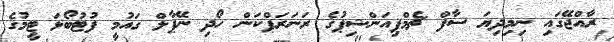
ރާއްޖޭގައި ނިމިދިޔަ ސާފް ޗެމްޕިއަންޝިޕުގެ ރަނަރަޕްކަން ހޯދި ނޭޕާލް ގައުމީ ފުޓުބޯޅަ ޓީމުގެ